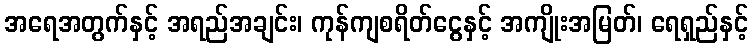
အရေအတွက်နှင့် အရည်အချင်း၊ ကုန်ကျစရိတ်ငွေနှင့် အကျိုးအမြတ်၊ ရေရှည်နှင့်